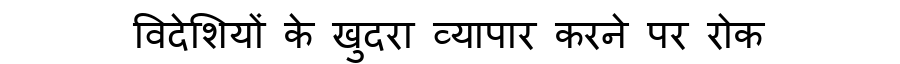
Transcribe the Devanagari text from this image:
विदेशियों के खुदरा व्यापार करने पर रोक